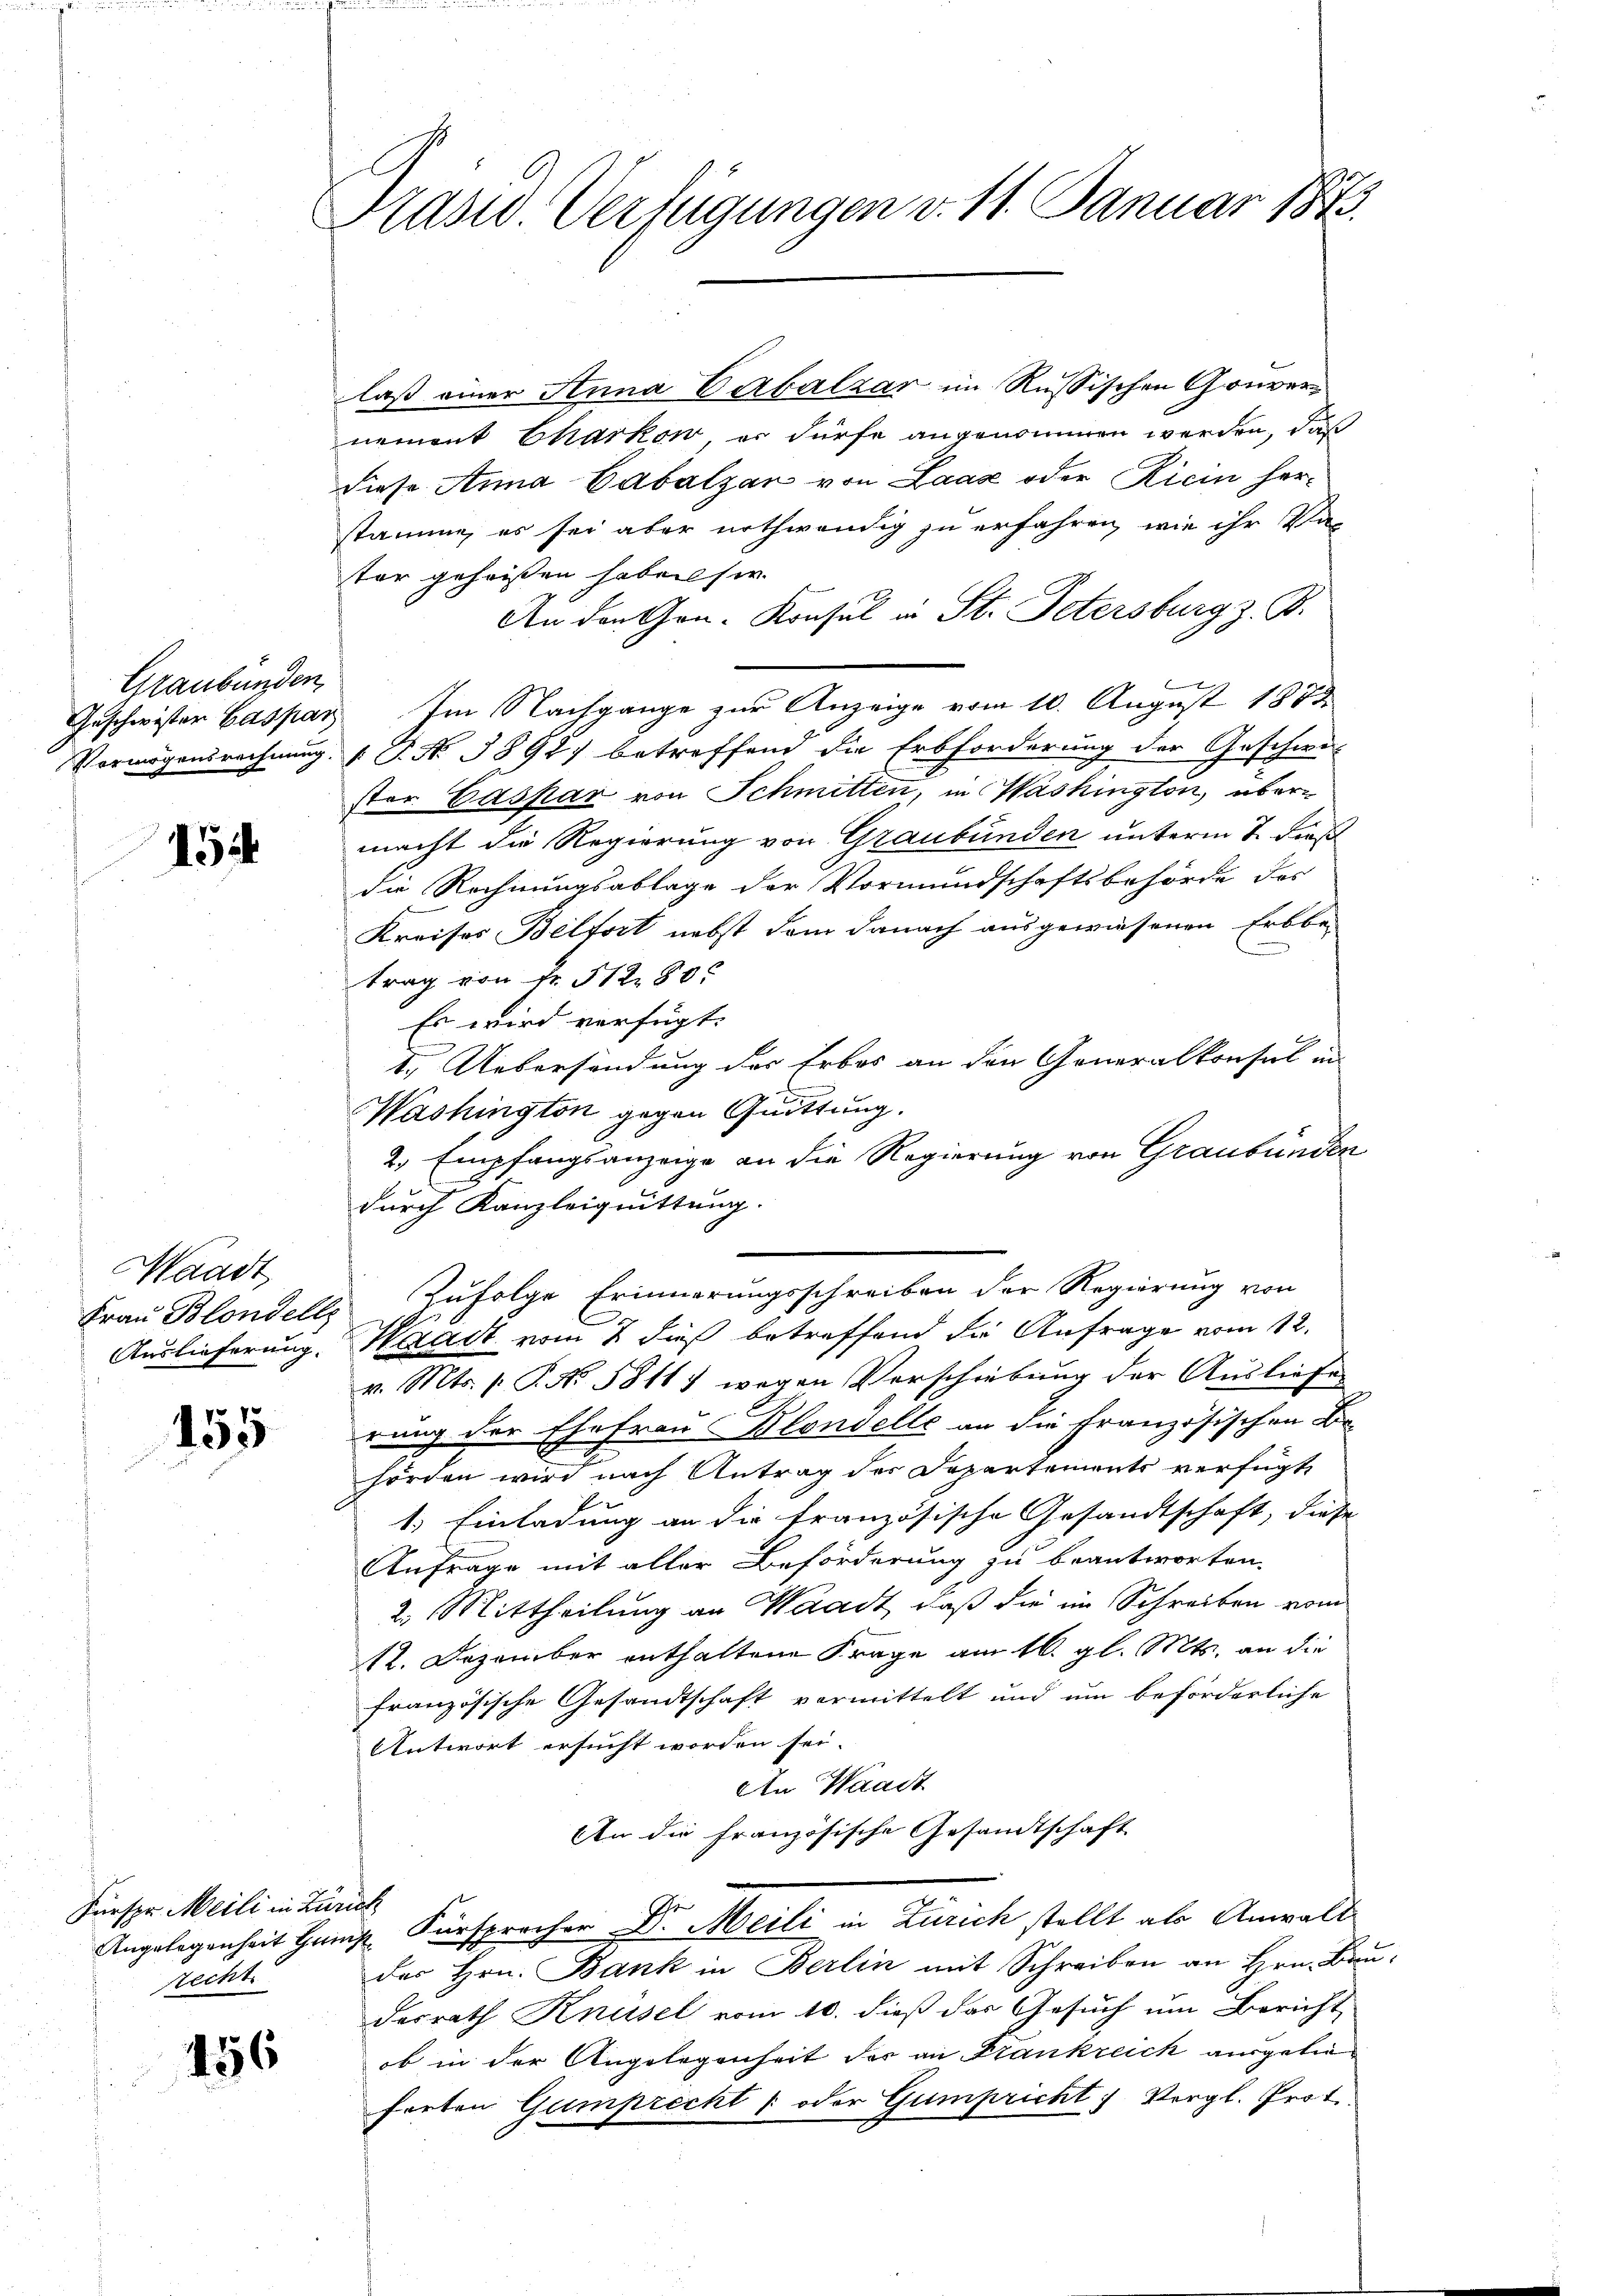
Graubünden,

15

Waadt,
Auslieferung.

455

Fürspr. Meili in Zürich
recht

456

Präsid. Verfügungen v. 11. Januar 1873.

laß einer Anna Cabalzar im Russischen Gouvernement Charkow, er dürfe angenommen werden, daß
diese Anna Cabalzan von Laaz oder Ricin herstamme, es sei aber nothwendig zu erfahren, wie ihr Vas
ter geheißen haben sie.
An den Gon- Konsul in St. Petersburg z. B.
x
Geschwister Caspar Im Nachgange zur Anzeige vom 10. August 1883
Vermögensrechung (T. N. 3892 betreffend die Erbforderung der Geschwi-
stor Caspar von Schmitten, in Washington, übermacht die Regierung von Graubünden unterm 7. dieß
die Rechnungsablage der Vormundschaftsbehörde des
Kreises Belfort nebst dem Danach ausgewiesenen Erbbe-
trag von Fr. 51280.
Es wird verfügt:
I.) Uebersendung der Erbes an den Generalkonsul in
Washington gegen Quittung.
2.) Empfangsanzeige an die Regierung von Graubünden
durch Kanzleiguittung.
Frau Blondells zufolge Erinnerungsschreiben der Regierung von
Waadt vom 2 dieß betreffend die Anfrage vom 12.
v. Mts. 1. P. No. 5811) wegen Verschiebung der Ausliefe
rung der Ehefrau Blondelle an die Französischen Be-
hörden wird nach Antrag der Departements verfügt,
1.) Einladung an die französische Gesandtschaft, diese
Anfrage mit aller Beförderung zu beantworten.
2. Mittheilung an Waadt, daß die im Schreiben vom
12. Dezember enthaltene Frage am 16. gl. Mts. an die
französische Gesandtschaft vermittelt und um beförderliche
Antwort ersucht worden sei.
An Waadt
An die französische Gesandtschaft
Angelegenheit Hans Fürsprecher Dr. Meili in Zürich stellt als Anwalt
der Hrn. Bank in Berlin mit Schreiben an Hrn. Bri
desrath Knüsel vom 10. dieß das Gesuch um Bericht
ob in der Angelegenheit der an Frankreich ausgeliefreten Gamprecht – oder Gumpricht Vergl. Prot.

i